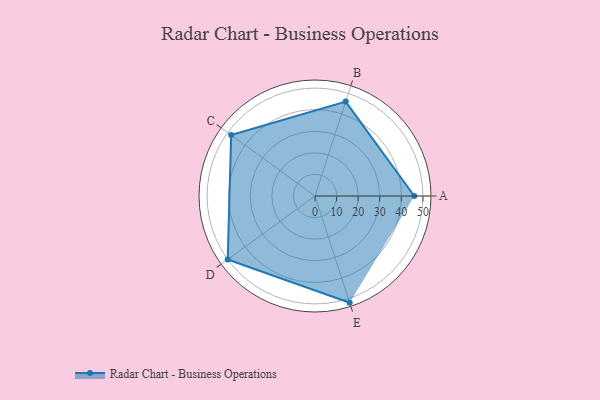
{"axis": {"x": "Skill", "y": "Score"}, "legend": ["Profile"], "data": [{"x": "A", "y": 46.0, "type": "Profile"}, {"x": "B", "y": 46.0, "type": "Profile"}, {"x": "C", "y": 48.0, "type": "Profile"}, {"x": "D", "y": 50.0, "type": "Profile"}, {"x": "E", "y": 52.0, "type": "Profile"}]}